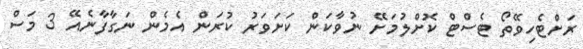
ރަށްޓެހިވޭތޯ ޓެސްޓް ކޮށްލުމަށޭ ނުވާކަން ކަށަވަރު ކުރަން އެމެން ނަގާފާނެއޭ 3 މަސް